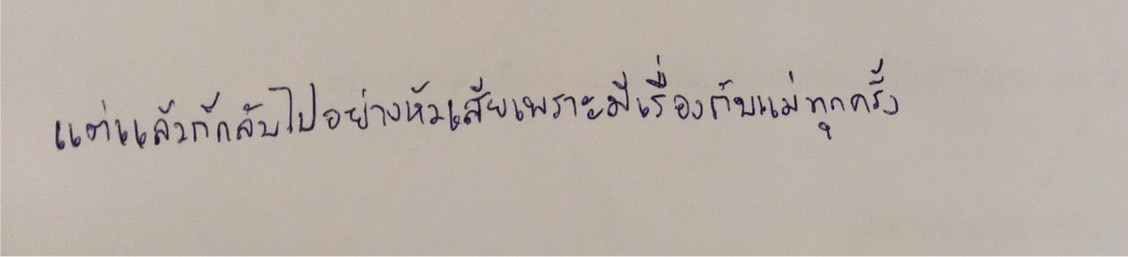
แต่แล้วก็กลับไปอย่างหัวเสียเพราะมีเรื่องกับแม่ทุกครั้ง